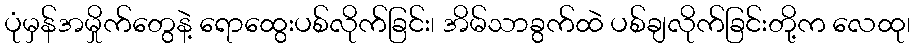
ပုံမှန်အမှိုက်တွေနဲ့ ရောထွေးပစ်လိုက်ခြင်း၊ အိမ်သာခွက်ထဲ ပစ်ချလိုက်ခြင်းတို့က လေထု၊